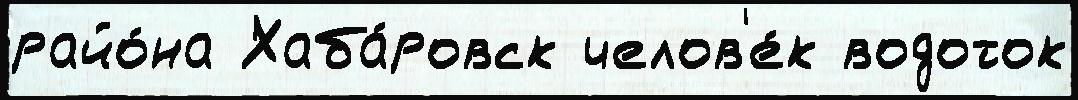
райо́на Хаба́ровск челов'е́к водоток